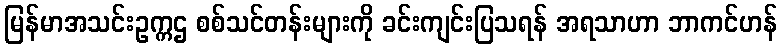
မြန်မာအသင်းဥက္ကဌ စစ်သင်တန်းများကို ခင်းကျင်းပြသရန် အရသာဟာ ဘာကင်ဟန်